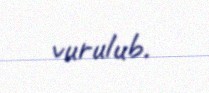
vurulub.